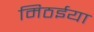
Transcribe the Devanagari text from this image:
मिठईया